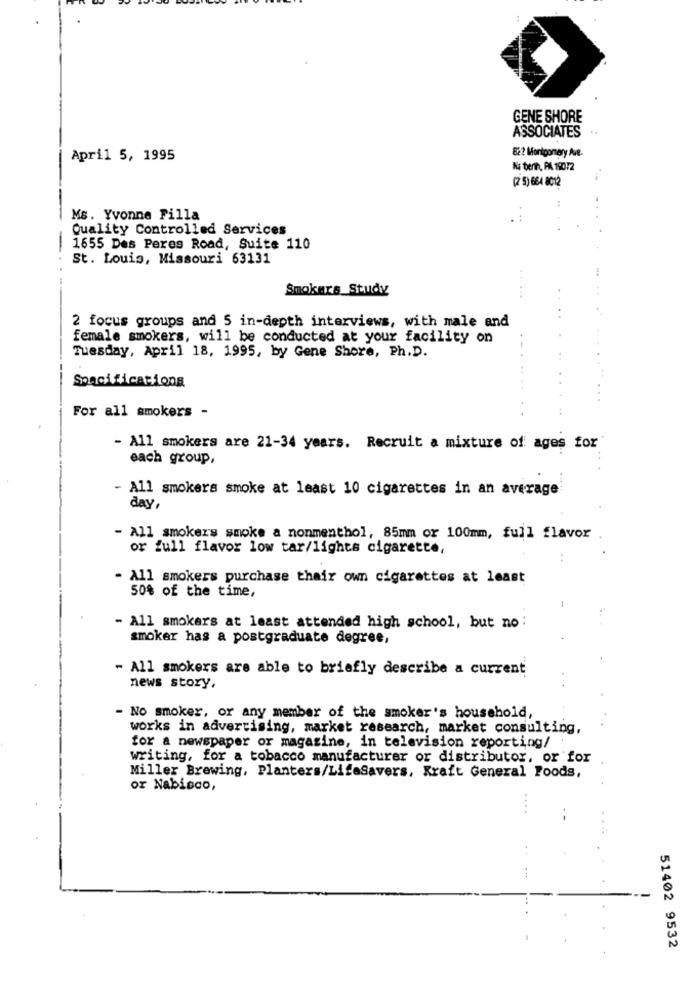
GENE SHORE
ASSOCIATES
822 Montgomery Ave.
April 5, 1995
Nu berth, PA 19012
(2 5) 664 8012
Ms. Yvonne Filla
Quality Controlled Services
1655 Des Peres Road, Suite 110
St. Louis, Missouri 63131
Smokers_Study
2 focus groups and 5 in-depth interviews, with male and
female smokers, will be conducted at your facility on
Tuesday, April 18, 1995, by Gene Shore, Ph.D.
Specifications
For all smokers -
- All smokers are 21-34 years. Recruit a mixture of ages for
each group,
- All smokers smoke at least 10 cigarettes in an average
day,
- All smokers smoke a nonmenthol, 85mm or 100mm, full flavor
or full flavor low tar/lights cigarette,
- All smokers purchase their own cigarettes at least
50% of the time,
- All smokers at least attended high school, but no
smoker has a postgraduate degree,
- All smokers are able to briefly describe a current
news story,
- No smoker, or any member of the smoker's household,
works in advertising, market research, market consulting,
for a newspaper or magazine, in television reporting/
writing, for a tobacco manufacturer or distributor, or for
Miller Brewing, Planters/Lifesavers, Kraft General Foods,
or Nabisco,
51402 9532